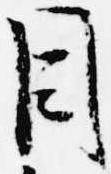
目